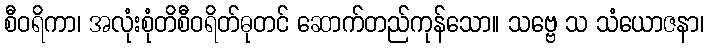
စီဝရိကာ၊ အလုံးစုံတိစီဝရိတ်ဓုတင် ဆောက်တည်ကုန်သော။ သဗ္ဗေ သ သံယောဇနာ၊